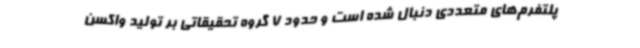
پلتفرم‌های متعددی دنبال شده است و حدود 7 گروه تحقیقاتی بر تولید واکسن